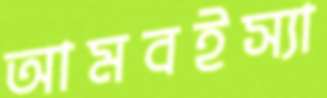
আমবইস্যা